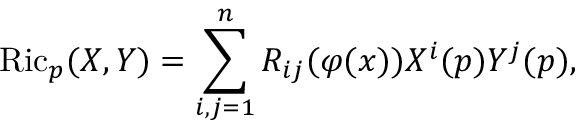
\operatorname { R i c } _ { p } ( X , Y ) = \sum _ { i , j = 1 } ^ { n } R _ { i j } ( \varphi ( x ) ) X ^ { i } ( p ) Y ^ { j } ( p ) ,